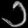
Digit: ၁